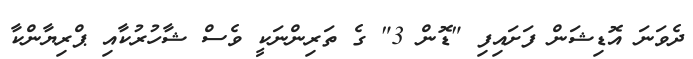
ދެވަނަ އޮޑިޝަން ފަށައިފި "ޑޮން 3" ގެ ތަރިންނަކީ ވެސް ޝާހުރުކާއި ޕްރިޔާންކާ